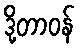
ဒို့တာဝန်